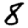
Digit: 8